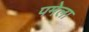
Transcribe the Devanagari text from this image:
पमेला